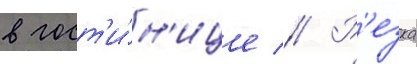
в гост'и́н'ице // Р'езка